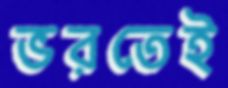
ভরতেই